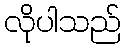
လိုပါသည်